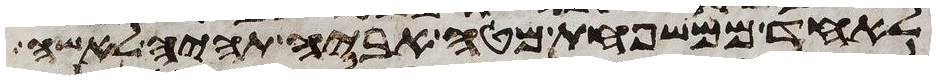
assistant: לאחד ממשפחת מטה אביה תהיה לאשה